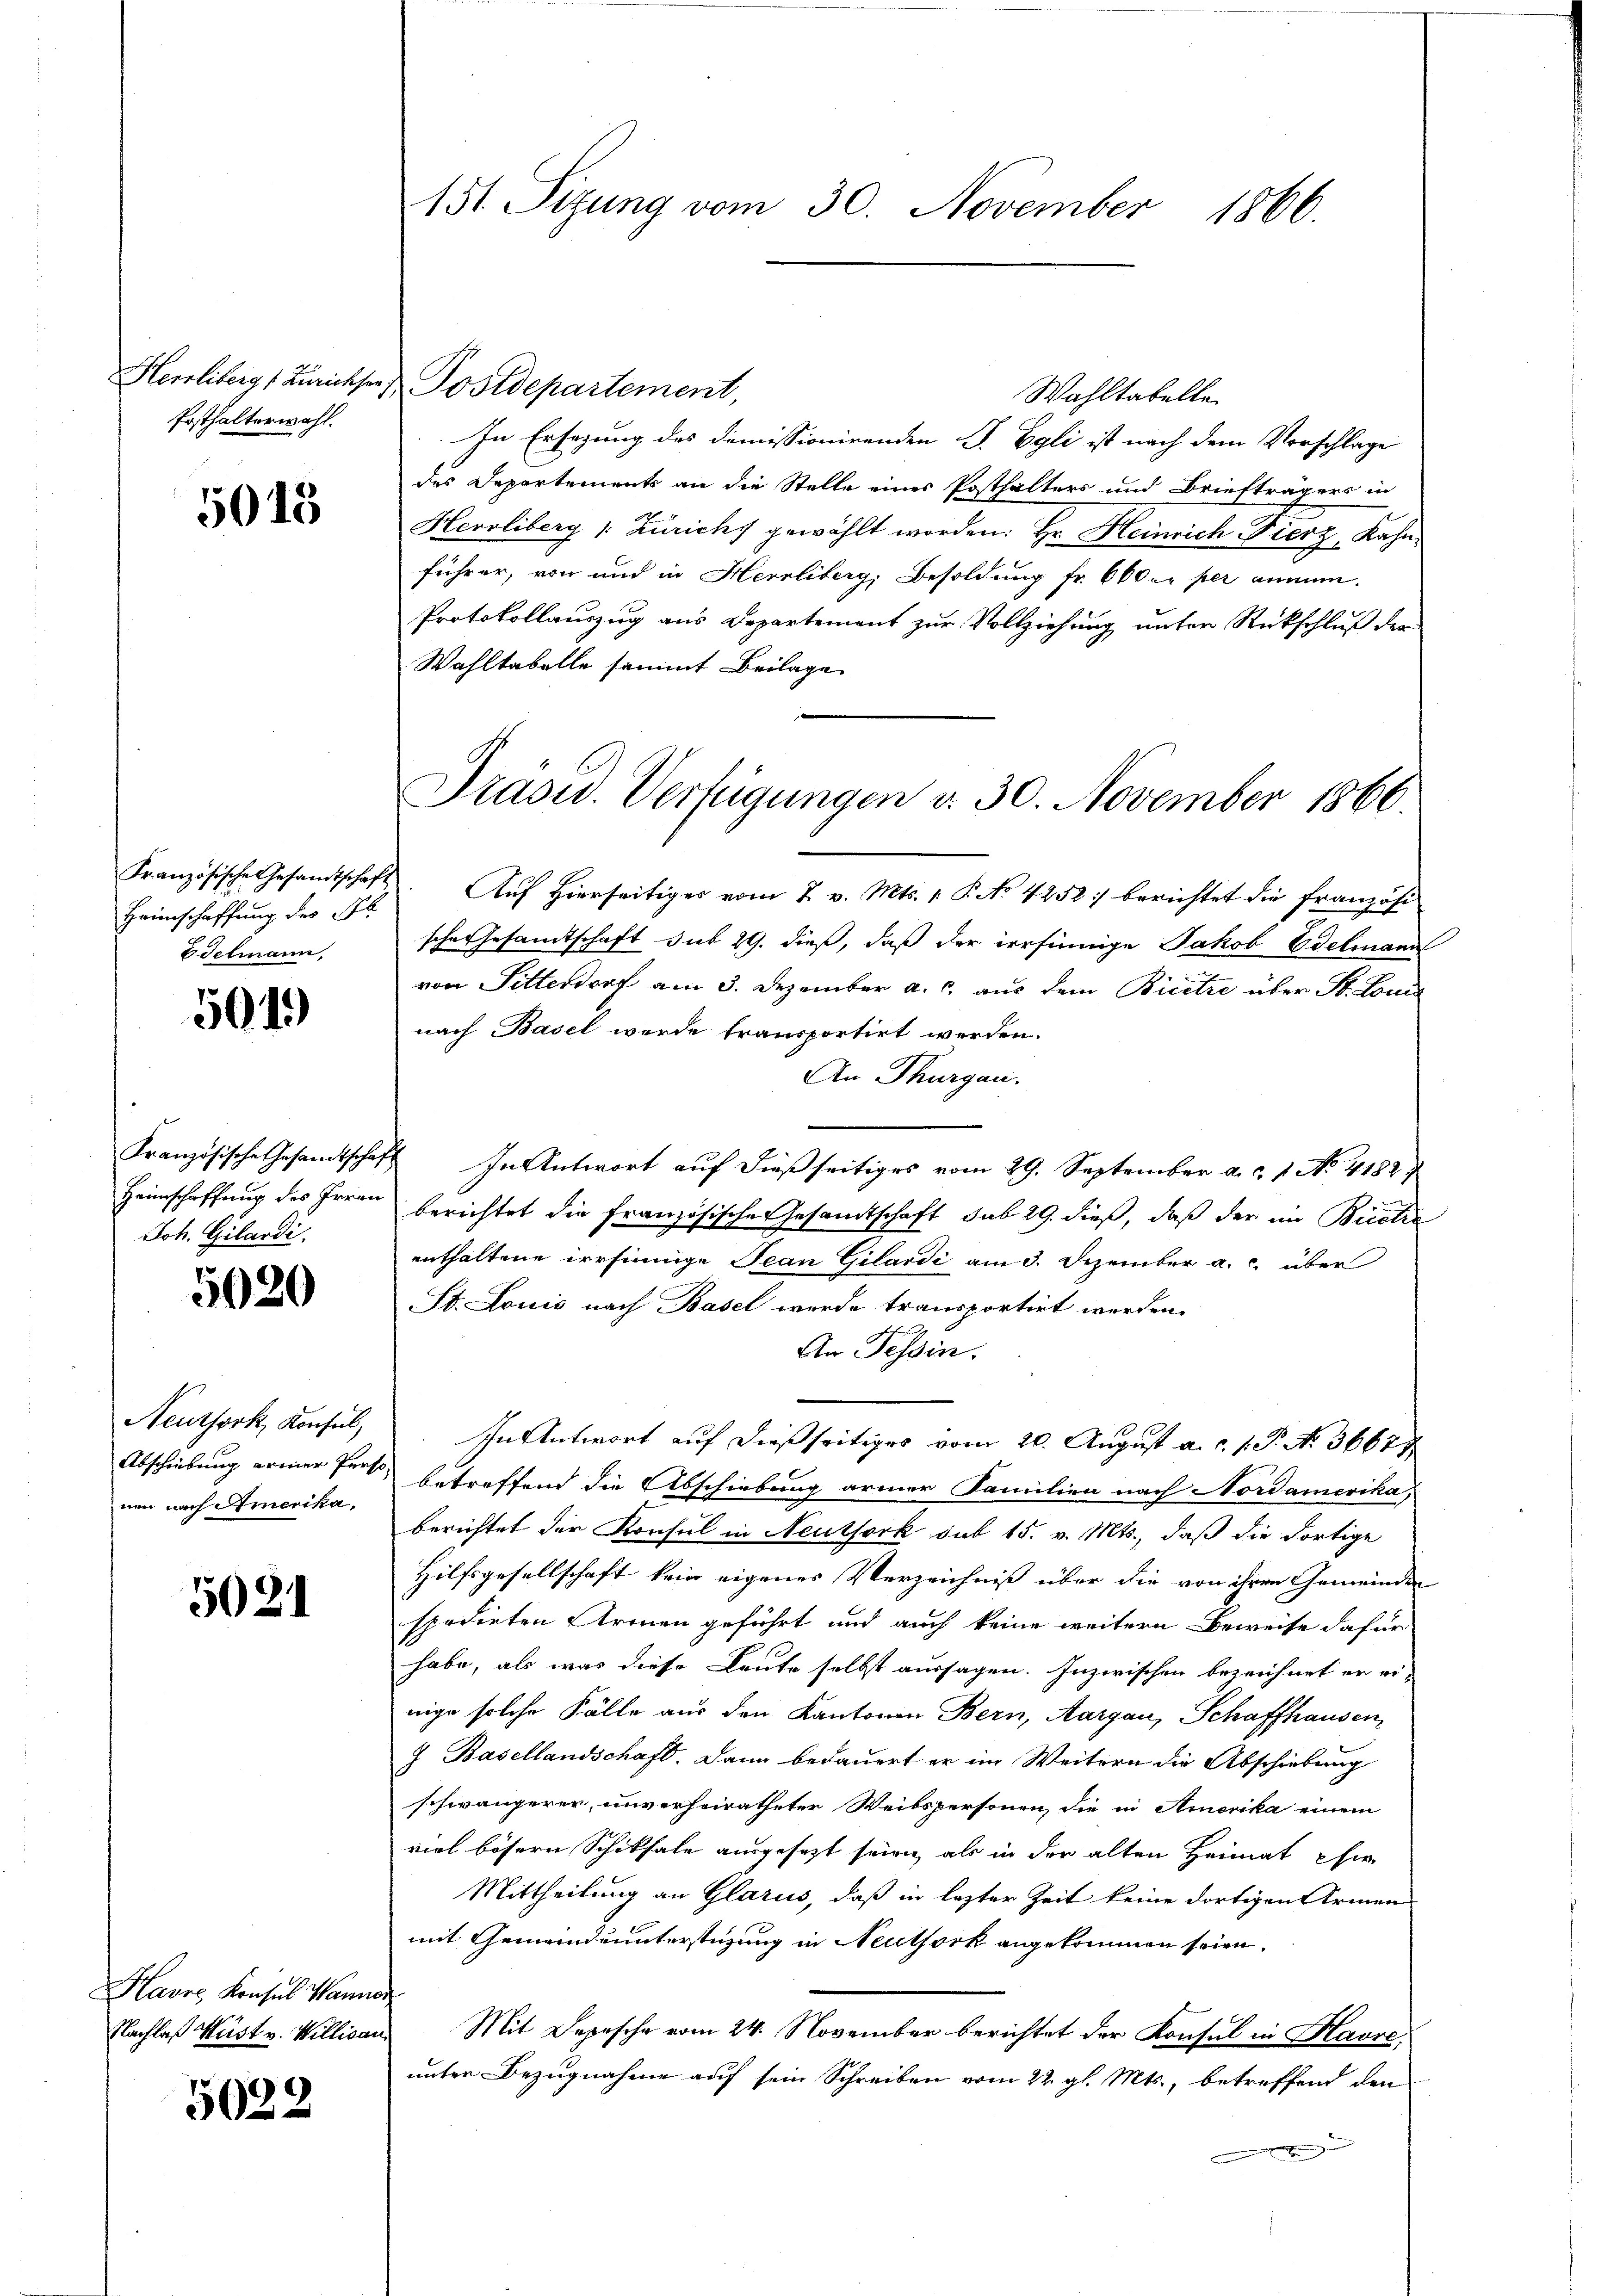
Herrliberg (Zürichsen
Ersthalterwahl.

5018

Heimschaffung des Pl
Telmann,

5019)

Französische Gesandtschaf
Heimschaffung des Irren
Joh. Gilandi,

5020

Neuthork, Konsul,
Abschiebung armer Pers
nen nach Amerika,

5021

Havre Konsul Wann

5022

151. Sizung vom 30. November 1866.

Postdepartement,
Wahltabelle.
In Ersezung des Dimissionirenden J. Egli ist nach dem Vorschlage
des Departements an die Stelle eines Posthalters und Briefträgers in
Hevoliberg (: Zürichs gewählt worden: Hr. Heinrich Fierz, Kahn-
führer, von und in Herrliberg, Besoldung fr. 600. per ammen.
Protokollauszug aus Departement zur Vollziehung unter Rückschluß der
Wahltabelle sammt Beilage
Französische Gesamtschaft. Aŭf Hierseitiger vom 2. v. Mts. 1. P. No. 4252 :/ berichtet die Französi
sche Gesamtschaft sub 29. dieß, daß der irrsinnige Jakob Edelmann
von Sitterdorf am 3. Dezember a. c. aus dem Bicetze über St. Loui
nach Basel werde fransportirt werden.
An Thurgau.
 In Antwort auf dießseitiges vom 29. September a. c. 1. No. 41827
berichtet die französische Gesamtschaft sub 29. dieß, daß der im Betre
enthaltene irrsinnige Jean Gilardi am 3. Dezember a. c. über
St. Louis nach Basel wurde transportirt werden.
h
An Tessin.
In Antwort auf dießseitiges vom 20. August a. c. 1. P. N. 3661.
betreffend die Abschiebung armer Familien nach Nordamerika,
berichtet der Konsul in Neuthork sub 15. v. Mts., daß die dortige
Hilfsgesellschaft kein eigenes Verzeichniß über die von ihren Gemeinden
spedirten Armen geführt und auch keine weitern Beweise dafür
habe, als was diese Leute selbst aussagen. Inzwischen bezeichnet er ei-
nige solche Fälle aus den Kantonen Bern, Aargau, Schaffhausen,
) Basellandschaft. Dann bedauert er im Weitern die Abschiebung
schwängerer, unverheiratheter Weibspersonen, die in Amerika einem
viel bösern Schiksale ausgesezt seien als in der alten Heimat hie
Mittheilung an Glarus, daß in lezter Zeit keine dortigen Armen
mit Gemeindrunterstüzung in Neuthork angekommen seien,
.
Nachlaß Müst v. Willisau. Mit Depesche vom 24. November berichtet der Konsul in Havre
unter Bezugnahme auf sein Schreiben vom 22. gl. Mts., betreffend den
e

Präsid. Verfügungen v. 30. November 1866.